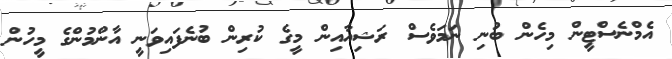
އެމްނެސްޓީން މިހެން ބުނި ނަމަވެސް ރަޝިއާއިން މީގެ ކުރިން ބުނެފައިވަނީ އާންމުންގެ މީހުން